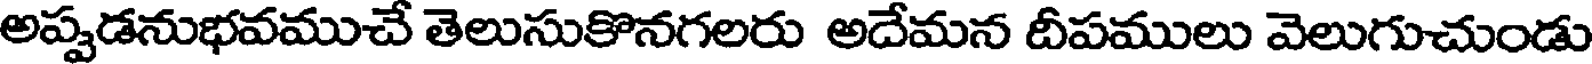
అప్పడనుభవముచే తెలుసుకొనగలరు అదేమన దీపములు వెలుగుచుండు